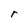
Character: r